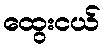
ထွေးငယ်